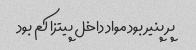
پر پنیر بود مواد داخل پیتزا کم بود